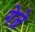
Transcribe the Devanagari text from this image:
गेल्रे